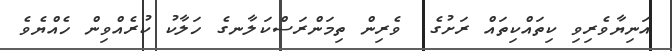
އަނިޔާވެރިވި ކިތައްކިތައް ރަށުގެ  ވެރިން ތިމަންރަސްކަލާނގެ ހަލާކު ކުރެއްވިން ހެއްޔެވެ